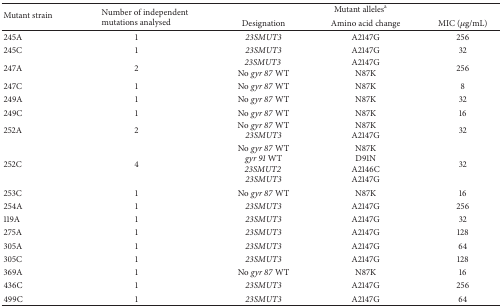
| <ROWSPAN=2> Mutant strain | <ROWSPAN=2> Number of independentmutations analysed | <COLSPAN=3> Mutant allelesa |
 | Designation | Amino acid change | MIC (μg/mL) |
 | --- | --- | --- | --- | --- |
 | 245A | 1 | 23SMUT3 | A2147G | 256 |
 | 245C | 1 | 23SMUT3 | A2147G | 32 |
 | 247A | 2 | 23SMUT3 No gyr 87 WT | A2147GN87K | 256 |
 | 247C | 1 | No gyr 87 WT | N87K | 8 |
 | 249A | 1 | No gyr 87 WT | N87K | 32 |
 | 249C | 1 | No gyr 87 WT | N87K | 16 |
 | 252A | 2 | No gyr 87 WT23SMUT3 | N87KA2147G | 32 |
 | 252C | 4 | No gyr 87 WT gyr 91 WT 23SMUT2 23SMUT3 | N87KD91NA2146CA2147G | 32 |
 | 253C | 1 | No gyr 87 WT | N87K | 16 |
 | 254A | 1 | 23SMUT3 | A2147G | 256 |
 | 119A | 1 | 23SMUT3 | A2147G | 32 |
 | 275A | 1 | 23SMUT3 | A2147G | 128 |
 | 305A | 1 | 23SMUT3 | A2147G | 64 |
 | 305C | 1 | 23SMUT3 | A2147G | 128 |
 | 369A | 1 | No gyr 87 WT | N87K | 16 |
 | 436C | 1 | 23SMUT3 | A2147G | 256 |
 | 499C | 1 | 23SMUT3 | A2147G | 64 |